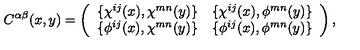
C ^ { \alpha \beta } ( x , y ) = \left( \begin{array} { c c } { \{ \chi ^ { i j } ( x ) , \chi ^ { m n } ( y ) \} } & { \{ \chi ^ { i j } ( x ) , \phi ^ { m n } ( y ) \} } \\ { \{ \phi ^ { i j } ( x ) , \chi ^ { m n } ( y ) \} } & { \{ \phi ^ { i j } ( x ) , \phi ^ { m n } ( y ) \} } \\ \end{array} \right) ,